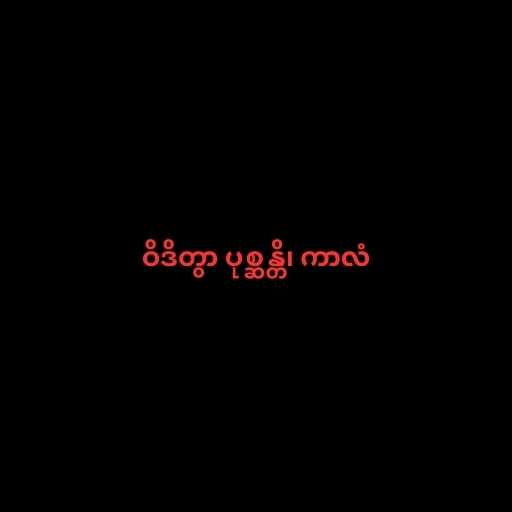
ဝိဒိတွာ ပုစ္ဆန္တိ၊ ကာလံ